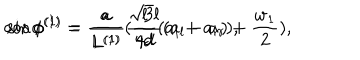
\cos \phi ^ { ( 1 ) } = \frac { a } { L ^ { ( 1 ) } } ( \frac { l } { 4 d } ( a _ { l } + a _ { r } ) + \frac { w _ { 1 } } { 2 } ) , \hspace { 1 c m } \sin \phi ^ { ( 1 ) } = \frac { a } { L ^ { ( 1 ) } } \frac { \sqrt { 3 } l } { 4 d } ( a _ { l } - a _ { r } ) ,